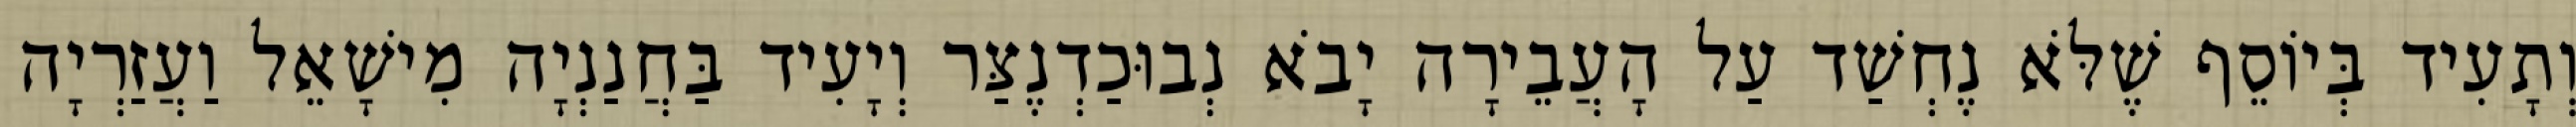
וְתָעִיד בְּיוֹסֵף שֶׁלֹּא נֶחְשַׁד עַל הָעֲבֵירָה יָבֹא נְבוּכַדְנֶצַּר וְיָעִיד בַּחֲנַנְיָה מִישָׁאֵל וַעֲזַרְיָה